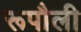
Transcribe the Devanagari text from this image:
रूपौली